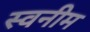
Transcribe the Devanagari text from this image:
स्वनीम